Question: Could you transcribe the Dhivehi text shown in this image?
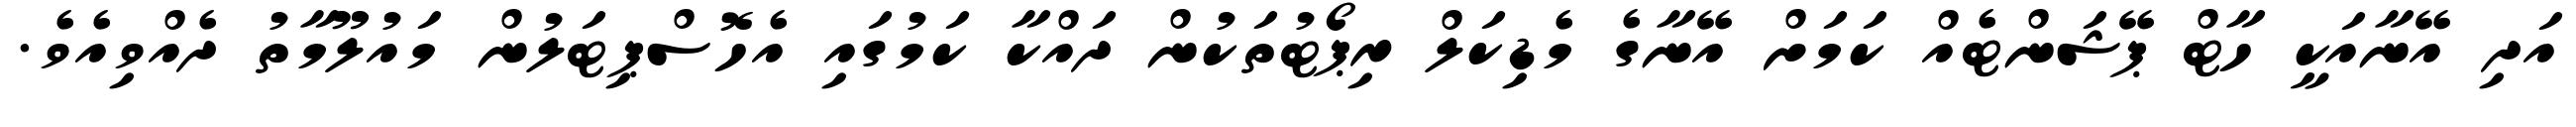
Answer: އަދި އޭނާއަކީ ހާޓް ޕޭޝަންޓެއް ކަމަށް އޭނާގެ މެޑިކަލް ރިޕޯޓުތަކުން ދައްކާ ކަމުގައި އެހޮސްޕިޓަލުން މައުލޫމާތު ދެއްވިއެވެ.